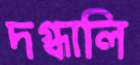
দগ্ধালি